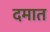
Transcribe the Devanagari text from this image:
दमात